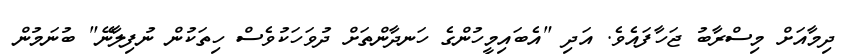
ދިމާއަށް މިސްރާބު ޖަހާފައެވެ. އަދި "އެބައިމީހުންގެ ހަނދާންތަށް ދުވަހަކުވެސް ހިތަކުން ނުފިލާނޭ" ބުނަމުން